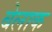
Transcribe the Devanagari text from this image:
बेलाक